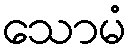
သောမံ